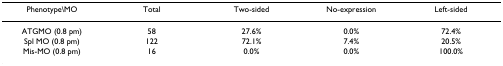
| Phenotype\MO | Total | Two-sided | No-expression | Left-sided |
 | --- | --- | --- | --- | --- |
 | ATGMO (0.8 pm) | 58 | 27.6% | 0.0% | 72.4% |
 | Spl MO (0.8 pm) | 122 | 72.1% | 7.4% | 20.5% |
 | Mis-MO (0.8 pm) | 16 | 0.0% | 0.0% | 100.0% |